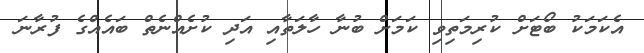
އެކަމަކު ބޯޓަށް ކުރިމަތިވި ކަމަށް ބުނާ ހާލަތާއި އަދި ކުށެއްނެތް ބައެއްގެ ފުރާނަ